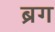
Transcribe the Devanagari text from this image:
ब्रग